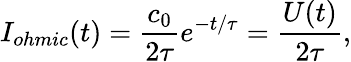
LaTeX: I_{ohmic}(t)=\frac{c_{0}}{2\tau}e^{-t/\tau}=\frac{U(t)}{2\tau},